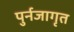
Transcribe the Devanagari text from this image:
पुर्नजागृत